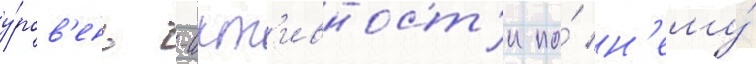
у́ров'ень -акт'ивност'и по́ н'ему́